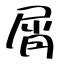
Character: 屑